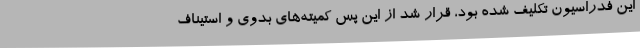
این فدراسیون تکلیف شده بود، قرار شد از این پس کمیته‌های بدوی و استیناف